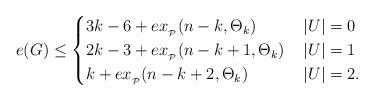
\begin{align*}e(G) \le \begin{cases} 3k-6 +ex_{_\mathcal{P}}(n-k,\Theta_k)& \, |U|=0 \\ 2k-3+ex_{_\mathcal{P}}(n-k+1,\Theta_k) & \, |U|=1 \\ k+ex_{_\mathcal{P}}(n-k+2,\Theta_k)& \,|U|=2.\\ \end{cases} \medskip\end{align*}